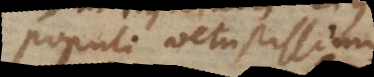
populi vetustissimis